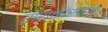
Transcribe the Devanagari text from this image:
रायनोसेरोस